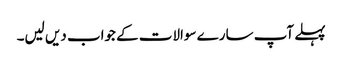
پہلے آپ سارے سوالات کے جواب دیں لیں۔